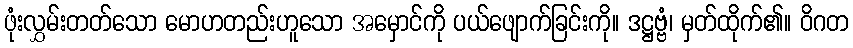
ဖုံးလွှမ်းတတ်သော မောဟတည်းဟူသော အမှောင်ကို ပယ်ဖျောက်ခြင်းကို။ ဒဋ္ဌဗ္ဗံ၊ မှတ်ထိုက်၏။ ဝိဂတ